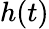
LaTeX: h(t)